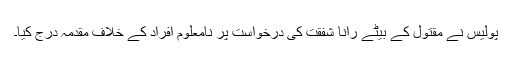
پولیس نے مقتول کے بیٹے رانا شفقت کی درخواست پر نامعلوم افراد کے خلاف مقدمہ درج کیا۔